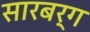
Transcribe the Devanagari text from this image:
सारबर्ग